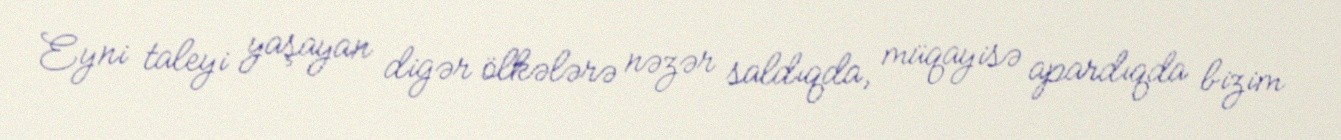
Eyni taleyi yaşayan digər ölkələrə nəzər saldıqda, müqayisə apardıqda bizim